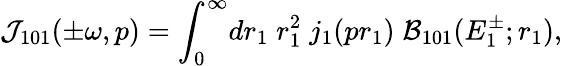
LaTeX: {\cal J}_{101}(\pm\omega,p)={\int}_{0}^{\infty}dr_{1}\; r_{1}^{2}\; j_{1}(pr_{1})\; {\cal B}_{101}(E_{1}^{\pm};r_{1}),